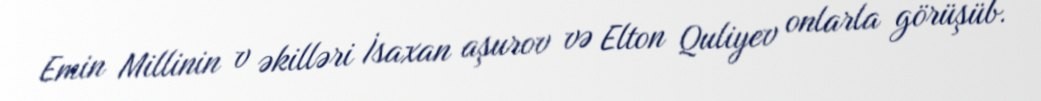
Emin Millinin v əkilləri İsaxan aşurov və Elton Quliyev onlarla görüşüb.